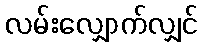
လမ်းလျှောက်လျှင်